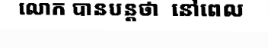
លោក បានបន្តថា  នៅពេល